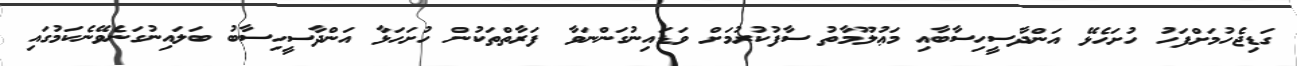
ގަޑިޖެހުމަށްފަހު ހުށަހެޅޭ އަންދާސީހިސާބާއި މަޢުލޫމާތު ސާފުކުރުމަށް ވަޑައިނުގަންނަވާ ފަރާތްތަކުން ހުށަހަޅާ އަންދާސީހިސާބު ބަލައިނުގަނެވޭނެކަމުގައި